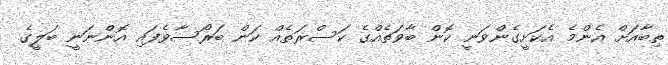
ތިބާއަށް އެންމެ އެކަށީގެންވަނީ ކޮން ބާވަތެއްގެ ކަސްރަތެއް ކަން ބަރޯސާވެފައި އޮންނަނީ ބަލީގެ